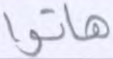
هاتوا